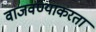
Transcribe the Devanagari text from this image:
वाजवण्याकरता